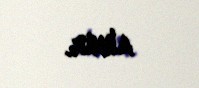
alınır.